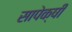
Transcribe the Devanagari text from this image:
सापेक्षी